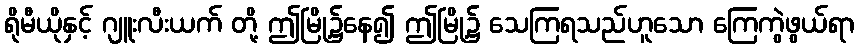
ရိုမီယိုနှင့် ဂျူးလီးယက် တို့ ဤမြို့၌နေ၍ ဤမြို့၌ သေကြရသည်ဟူသော ကြေကွဲဖွယ်ရာ